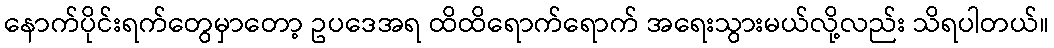
နောက်ပိုင်းရက်တွေမှာတော့ ဥပဒေအရ ထိထိရောက်ရောက် အရေးသွားမယ်လို့လည်း သိရပါတယ်။